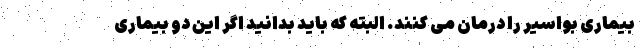
بیماری بواسیر را درمان می کنند. البته که باید بدانید اگر این دو بیماری